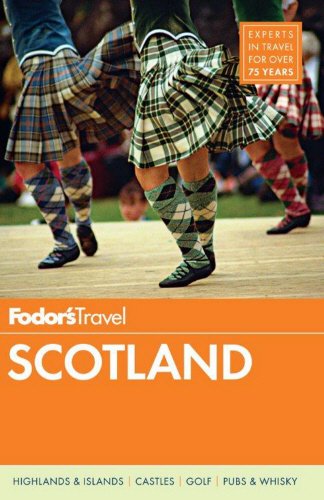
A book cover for Fodor's Scotland (Travel Guide); Fodor's; Travel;